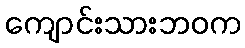
ကျောင်းသားဘဝက